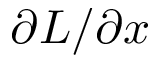
\partial L / \partial x